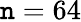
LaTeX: \mathtt{n}=64